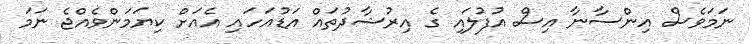
ނަމަވެސް އިންސާނާ އިސް އުފުލައި ގެ އިރުޝާދުތައް އަޑުއަހައި އެއަށް ކިޔަމަންވެއްޖެ ނަމަ